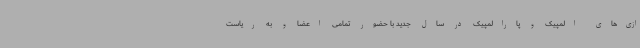
ازی‌های المپیک و پارالمپیک در سال جدید با حضور تمامی اعضا و به ریاست